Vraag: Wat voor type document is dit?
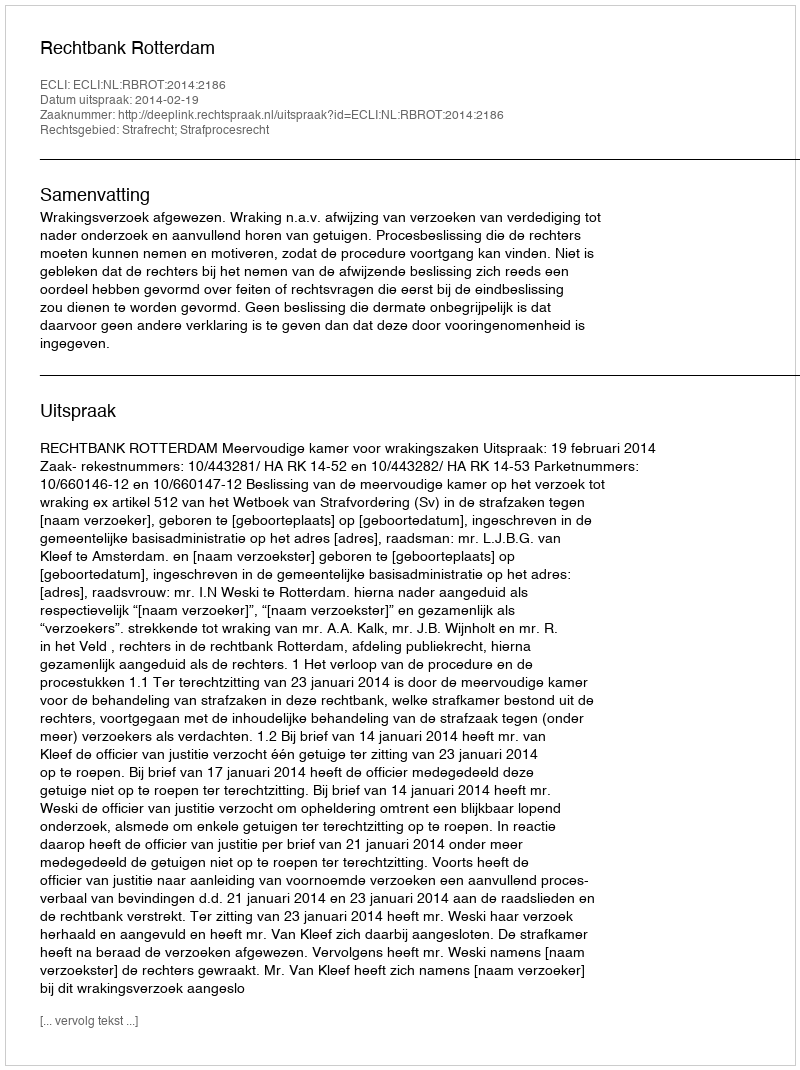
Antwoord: Uitspraak